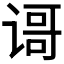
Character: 𬤐